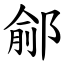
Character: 鄃